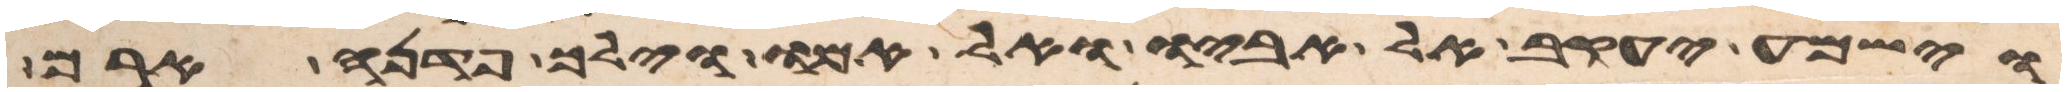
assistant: וישמע יעקב אל אביו ואל אמו וילך פדנה ארם